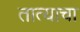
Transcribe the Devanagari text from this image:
तात्याचा